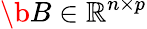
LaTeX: \b{B}\in\mathbb{R}^{n\times p}